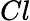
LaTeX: Cl